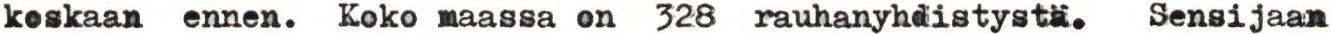
keskaan ennen. Koko maassa on 328 rauhanyhdistystä. Sensijaan